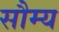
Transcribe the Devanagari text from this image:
सौम्‍य